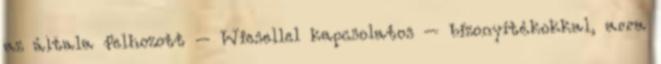
az általa felhozott – Wiesellel kapcsolatos – bizonyítékokkal, arra